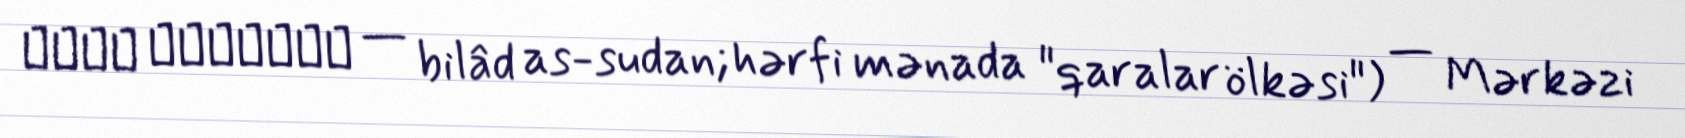
بلاد السودان — bilâd as-sudan; hərfi mənada "qaralar ölkəsi") — Mərkəzi